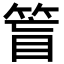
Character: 䈍